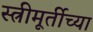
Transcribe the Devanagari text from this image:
स्त्रीमूर्तीच्या